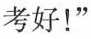
考好！”